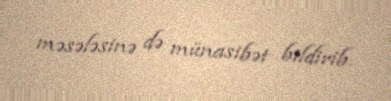
məsələsinə də münasibət bildirib.